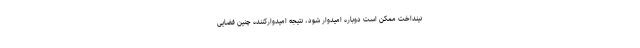
نینداخت ممکن است دوباره امیدوار شود، نتیجه امیدوارکننده چنین فضایی